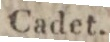
Cadet.